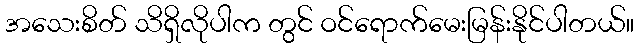
အသေးစိတ် သိရှိလိုပါက တွင် ဝင်ရောက်မေးမြန်းနိုင်ပါတယ်။